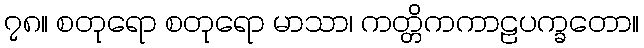
၇၈။ စတုရော စတုရော မာသာ၊ ကတ္တိကကာဠပက္ခတော။